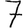
Digit: 7